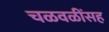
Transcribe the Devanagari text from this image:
चळवळींसह